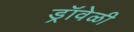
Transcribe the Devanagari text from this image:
ड्रॉवेळी